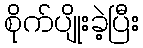
စိုက်ပျိုးခဲ့ပြီး